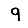
Digit: 9